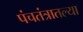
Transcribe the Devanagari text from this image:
पंचतंत्रातल्या